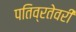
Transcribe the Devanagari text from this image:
पतिव्रतेवरी